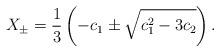
LaTeX: \begin{align*}X_\pm =\frac{1}{3}\left(-c_1 \pm \sqrt{c_1^2 -3c_2}\right). \end{align*}